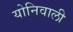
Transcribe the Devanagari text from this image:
योनिवाली